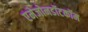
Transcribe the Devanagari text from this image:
एमेजोनडॉटकॉम